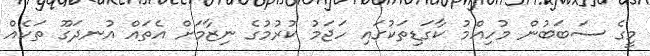
މީގެ ސަބަބުން މުހިއްމު ކާގަޑިތަކުގައި ހަޖަމު ކުރުމުގެ ނިޒާމަށް އެތައް އުނދަގޫ ތަކެއް